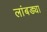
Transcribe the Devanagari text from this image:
लांबड्या